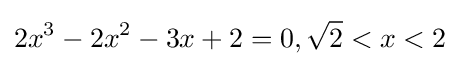
2x^{3}-2x^{2}-3x+2=0,{\sqrt {2}}<x<2